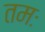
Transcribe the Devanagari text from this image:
तमः